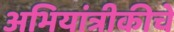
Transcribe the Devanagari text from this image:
अभियांत्रीकीचे